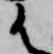
御